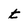
Character: t